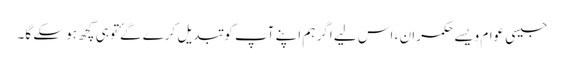
جیسی عوام ویسے حکمران ، اس لیے اگر ہم اپنے آپ کو تبدیل کرے گۓتو ہی کچھ ہو سکے گا۔